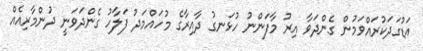
އަޑުގަދަކުރައްވަމުން ގެންދަވާ އިރު މާފަންނު ހުޅަނގު ދާއިރާގެ މުހައްމަދު ފަލާހު ގެންދަވަނީ ދުންމާރިއެއް